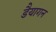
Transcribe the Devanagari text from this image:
डैयागन